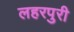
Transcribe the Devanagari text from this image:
लहरपुरी